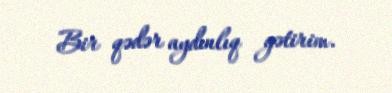
Bir qədər aydınlıq gətirim.